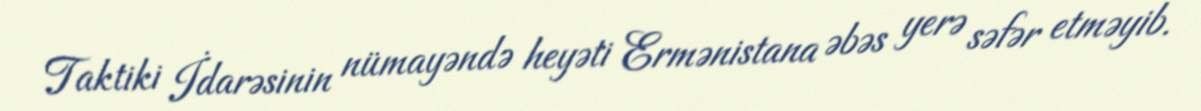
Taktiki İdarəsinin nümayəndə heyəti Ermənistana əbəs yerə səfər etməyib.